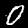
Label: 0